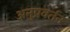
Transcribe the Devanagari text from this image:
अनुप्रवर्तन